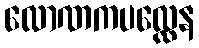
လောဏကပလ္လေန